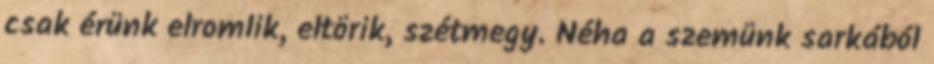
csak érünk elromlik, eltörik, szétmegy. Néha a szemünk sarkából